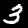
Digit: 3